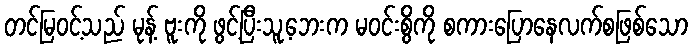
တင်မြဝင့်သည် မုန့် ဗူးကို ဖွင့်ပြီးသူ့ဘေးက မဝင်းစွိကို စကားပြောနေလက်စဖြစ်သော